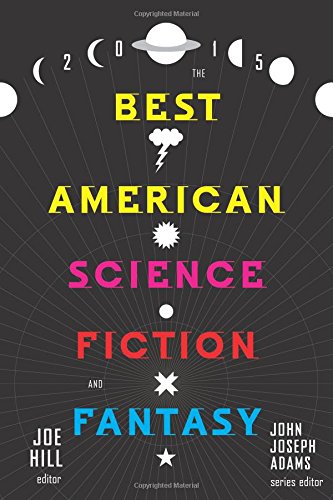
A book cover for The Best American Science Fiction and Fantasy 2015; Literature & Fiction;